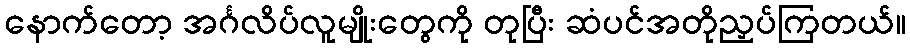
နောက်တော့ အင်္ဂလိပ်လူမျိုးတွေကို တုပြီး ဆံပင်အတိုညှပ်ကြတယ်။